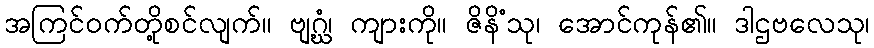
အကြင်ဝက်တို့စင်လျက်။ ဗျဂ္ဃံ၊ ကျားကို။ ဇိနိံသု၊ အောင်ကုန်၏။ ဒါဌဗလေသု၊